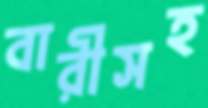
বারীসহ